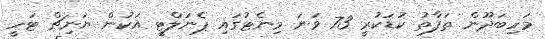
މަހިބަދޫން ތަފާތު ކުޑަކުރީ 73 ވަނަ މިނެޓުގައި ޕެނަލްޓީ އަކުން ޔަނިޗް ޓަހީ